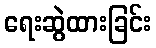
ရေးဆွဲထားခြင်း